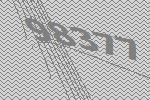
98377